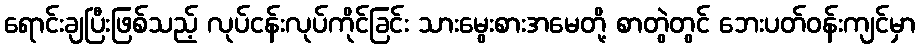
ရောင်းချပြီးဖြစ်သည့် လုပ်ငန်းလုပ်ကိုင်ခြင်း သားမွေးစားအမေတို့ စာတွဲတွင် ဘေးပတ်ဝန်းကျင်မှာ